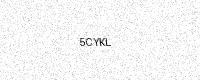
Text: 5CYKL